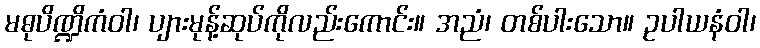
မဓုပိဏ္ဍိကံဝါ၊ ပျားမုန့်ဆုပ်ကိုလည်းကောင်း။ အညံ၊ တစ်ပါးသော။ ဥပါယနံဝါ၊